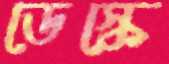
ডেস্কে